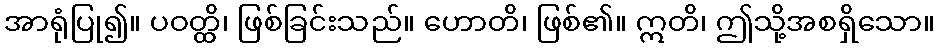
အာရုံပြု၍။ ပဝတ္ထိ၊ ဖြစ်ခြင်းသည်။ ဟောတိ၊ ဖြစ်၏။ ဣတိ၊ ဤသို့အစရှိသော။